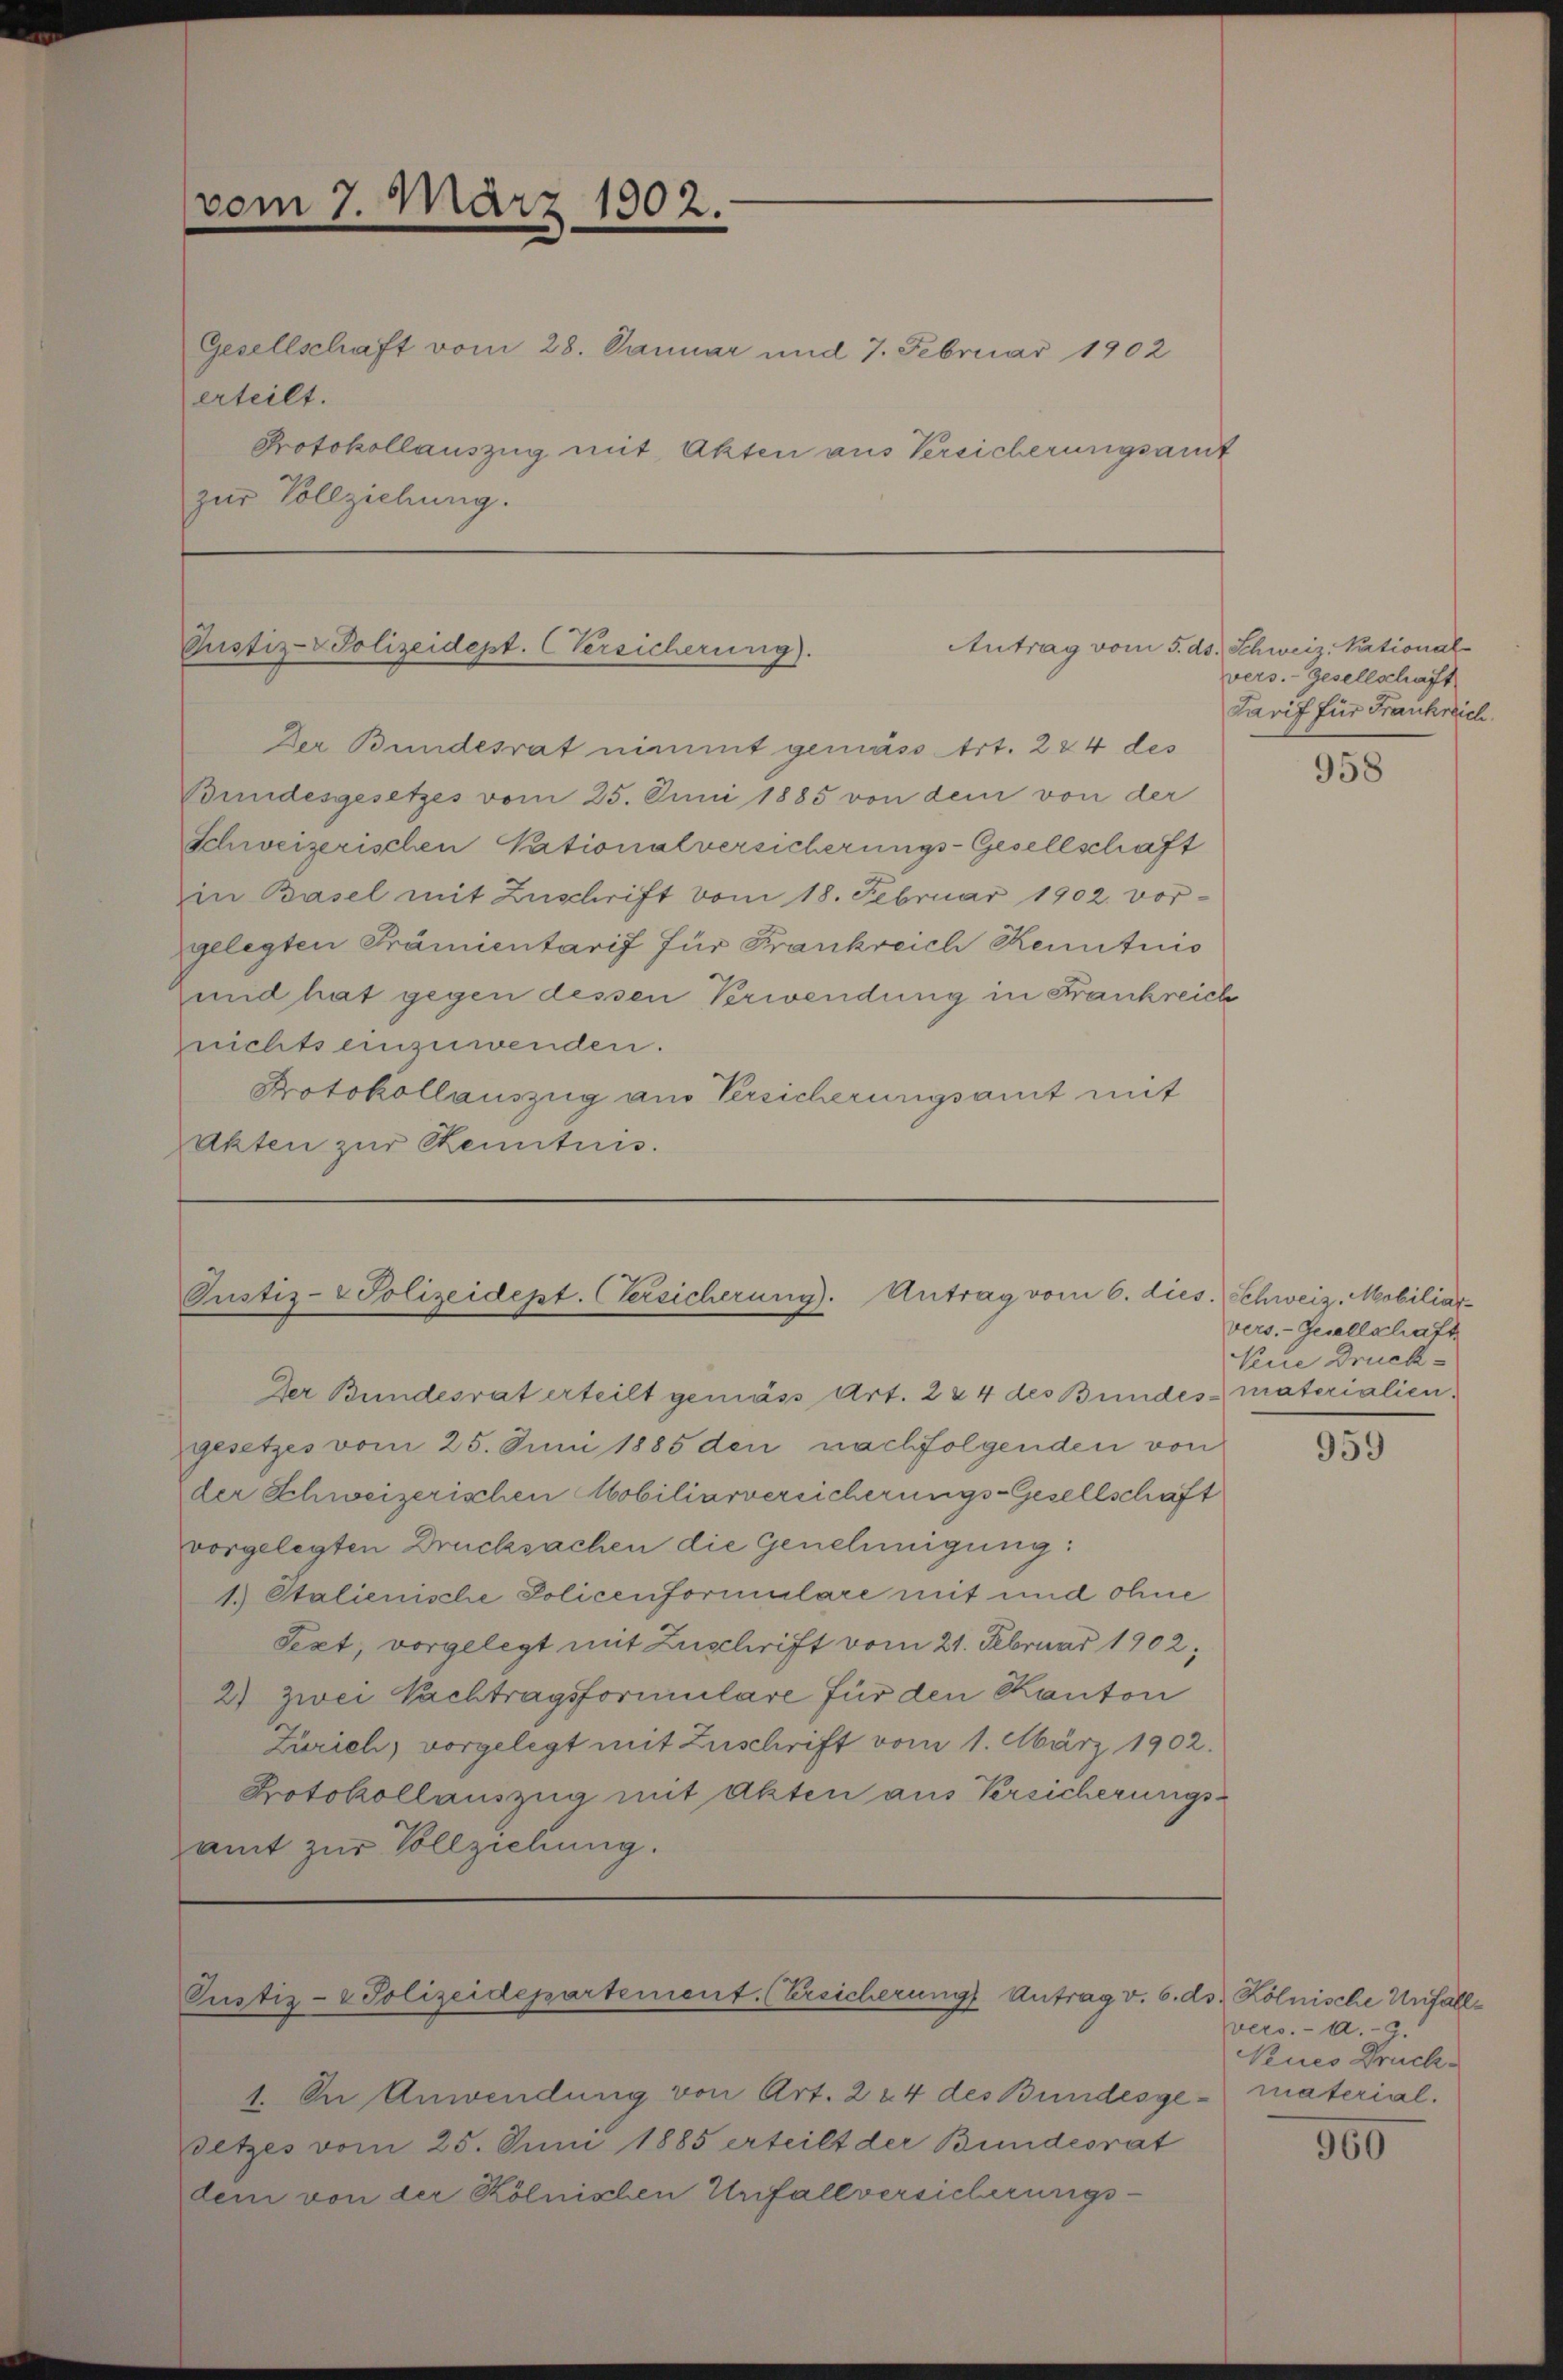
vom 7. März 1902.

Gesellschaft vom 28. Januar und 7. Februar 1902
erteilt.
Protokollauszug mit Akten aus Versicherungsant
zur Vollziehung.

Justiz-Polizeidept. (Versicherung).

Der Bundesrat nimmt gemäss Art. 224 des
Bundesgesetzes vom 25. Juni 1885 von dem von der
Schweizerischen Nationalversicherungs-Gesellschaft
in Basel mit Zuschrift vom 18. Februar 1902. vorgelegten Prämientarif für Frankreich Kenntnis
und hat gegen dessen Verwendung in Frankreich
nichts einzuwenden.
Protokollauszug aus Versicherungsamt mit
Akten zur Kenntnis.

Pustiz- & Polizeidept. (Versicherung). Antrag vom 6. dies. Schweiz. Mobiliar-

Der Bundesrat erteilt gemäss Art. 284 des Bundes materialien,
gesetzes vom 25. Juni 1885 den nachfolgenden von
der Schweizerischen Mobiliarversicherungs-Gesellschaft
vorgelegten Drucksachen die Genehmigung:
1.) Stalienische Policenformulare mit und ohne
Pext, vorgelegt mit Zuschrift vom 21. Februar 1902;
2) Zwei Nachtragsformulare für den Kanton
Zürich, vorgelegt mit Zuschrift vom 1. März 1902.
Protokollauszug mit Akten aus Versicherungs-
amt zur Vollziehung.

Custiz- & Polizeidepartement. (Ersicherungs Antrag v. 6. ds. Kölnische Unfäll¬

1. In Anwendung von Art. 224 des Bundesge - material.
Setzes vom 25. Juni 1885 erteilt der Bundesrat
dem von der Kölnischen Unfallversicherungs-

Antrag vom 5. ds. Schweiz. National-
vers.-Gesellschaft
Sarif für Frankreich.

958

vers.-Gesellschaft
Kiie Druck¬

959

Wers. - 12. 9.
Nuco Druck.

960